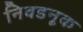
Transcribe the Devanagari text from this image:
निवडनूक